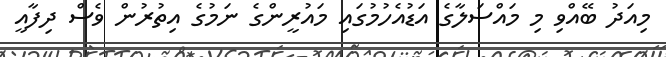
މިއަދު ބޭއްވި މި މައްސަލާގެ އަޑުއެހުމުގައި މައުރީންގެ ނަމުގެ އިތުރުން ވެސް ދިފާއީ